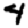
Digit: 4